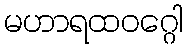
မဟာရထဝဂ္ဂေါ